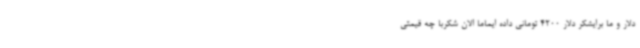
دلار و ما برایشکر دلار 4200 تومانی داده ایماما الان شکربا چه قیمتی